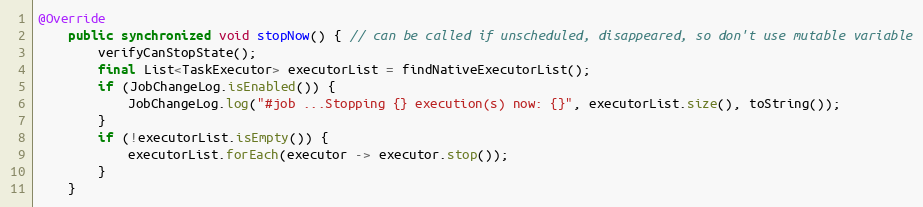
Language: Java
@Override
    public synchronized void stopNow() { // can be called if unscheduled, disappeared, so don't use mutable variable
        verifyCanStopState();
        final List<TaskExecutor> executorList = findNativeExecutorList();
        if (JobChangeLog.isEnabled()) {
            JobChangeLog.log("#job ...Stopping {} execution(s) now: {}", executorList.size(), toString());
        }
        if (!executorList.isEmpty()) {
            executorList.forEach(executor -> executor.stop());
        }
    }